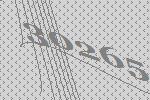
30265